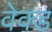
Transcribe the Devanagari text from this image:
वेक्ड